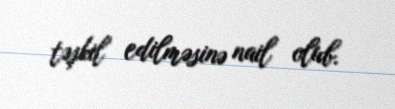
təşkil edilməsinə nail olub.